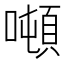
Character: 噸